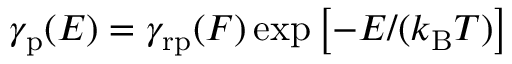
\gamma _ { \mathrm { p } } ( E ) = \gamma _ { \mathrm { r p } } ( F ) \exp \left[ - E / ( k _ { \mathrm { B } } T ) \right]